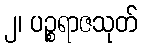
၂၊ ပဉ္စရာဇသုတ်